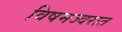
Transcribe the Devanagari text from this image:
विषमज्वरात